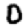
Digit: 0